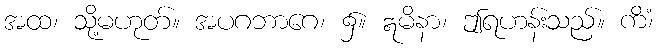
အထ၊ သို့မဟုတ်။ အပဂဘာဂေ၊ ၌။ ဣမိနာ၊ ဤရဟန်းသည်။ ကိံ၊